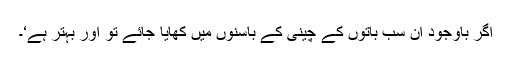
اگر باوجود ان سب باتوں کے چینی کے باسنوں میں کھایا جائے تو اور بہتر ہے‘۔